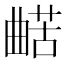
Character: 𱢵